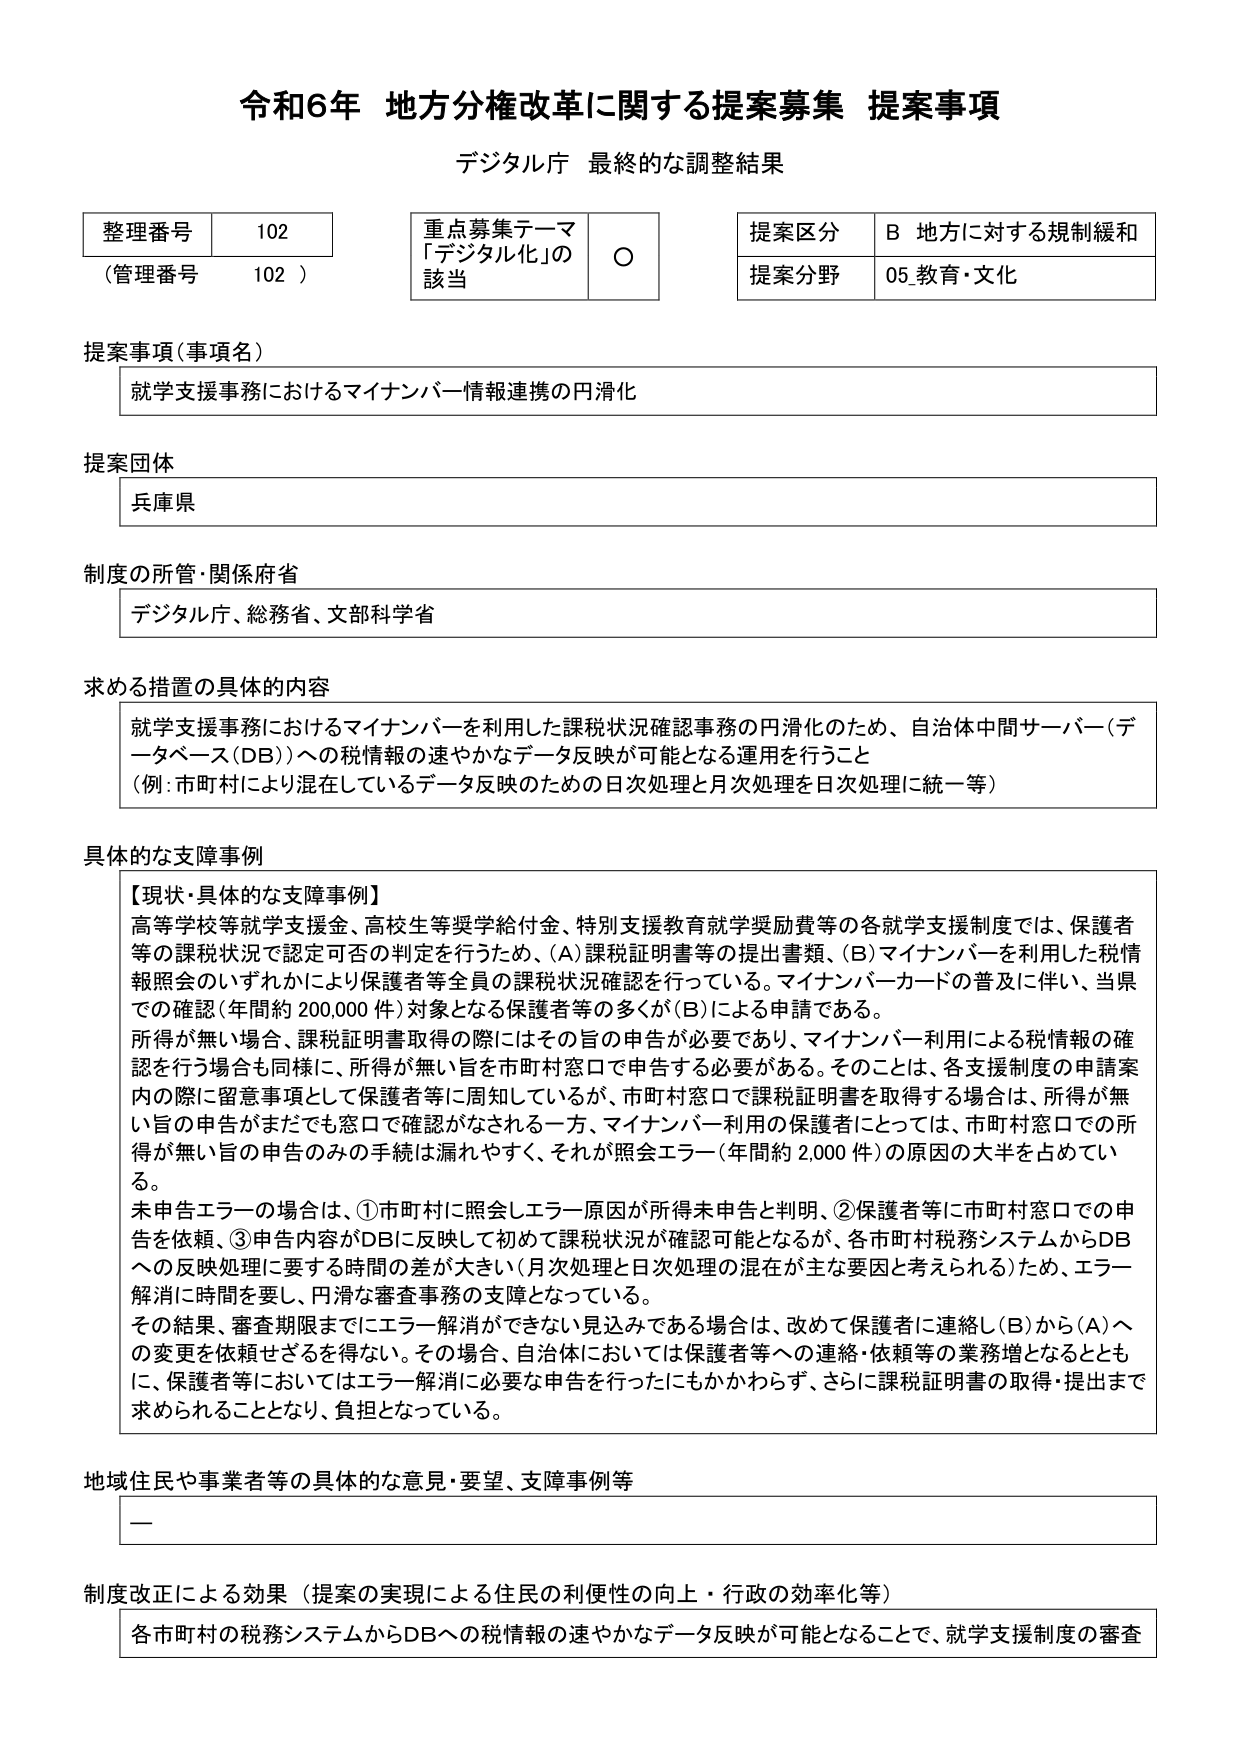
令和6年 地方分権改革に関する提案募集 提案事項
デジタル庁 最終的な調整結果

整理番号 102
（管理番号 102）

重点募集テーマ
「デジタル化」の該当 ○

提案区分 B 地方に対する規制緩和
提案分野 05 教育・文化

提案事項（事項名）
就学支援事務におけるマイナンバー情報連携の円滑化

提案団体
兵庫県

制度の所管・関係府省
デジタル庁、総務省、文部科学省

求める措置の具体的内容
就学支援事務におけるマイナンバーを利用した課税状況確認事務の円滑化のため、自治体中間サーバー（データベース（DB））への税情報の速やかなデータ反映が可能となる運用を行うこと
（例：市町村により混在しているデータ反映のための日次処理と月次処理を日次処理に統一等）

具体的な支障事例
【現状・具体的な支障事例】
高等学校等就学支援金、高校生等奨学給付金、特別支援教育就学奨励費等の各就学支援制度では、保護者等の課税状況で認定可否の判定を行うため、（A）課税証明書等の提出書類、（B）マイナンバーを利用した税情報照会のいずれかにより保護者等全員の課税状況確認を行っている。マイナンバーカードの普及に伴い、当県での確認（年間約200,000件）対象となる保護者等の多くが（B）による申請である。
所得が無い場合、課税証明書取得の際にはその旨の申告が必要であり、マイナンバー利用による税情報の確認を行う場合も同様に、所得が無い旨を市町村窓口で申告する必要がある。そのことは、各支援制度の申請案内の際に留意事項として保護者等に周知しているが、市町村窓口で課税証明書を取得する場合は、所得が無い旨の申告がまだでも窓口で確認がなされる一方、マイナンバー利用の保護者にとっては、市町村窓口での所得が無い旨の申告のみの手続は漏れやすく、それが照会エラー（年間約2,000件）の原因の大半を占めている。
未申告エラーの場合は、①市町村に照会しエラー原因が所得未申告と判明、②保護者等に市町村窓口での申告を依頼、③申告内容がDBに反映して初めて課税状況が確認可能となるが、各市町村税務システムからDBへの反映処理に要する時間の差が大きい（月次処理と日次処理の混在が主な要因と考えられる）ため、エラー解消に時間を要し、円滑な審査事務の支障となっている。
その結果、審査期限までにエラー解消ができない見込みである場合は、改めて保護者に連絡し（B）から（A）への変更を依頼せざるを得ない。その場合、自治体においては保護者等への連絡・依頼等の業務増となるとともに、保護者等においてはエラー解消に必要な申告を行ったにもかかわらず、さらに課税証明書の取得・提出まで求められることとなり、負担となっている。

地域住民や事業者等の具体的な意見・要望、支障事例等
ー

制度改正による効果（提案の実現による住民の利便性の向上・行政の効率化等）
各市町村の税務システムからDBへの税情報の速やかなデータ反映が可能となることで、就学支援制度の審査